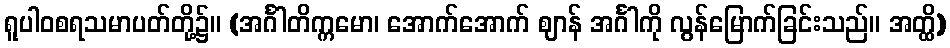
ရူပါဝစရသမာပတ်တို့၌။ (အင်္ဂါတိက္ကမော၊ အောက်အောက် ဈာန် အင်္ဂါကို လွန်မြောက်ခြင်းသည်။ အတ္ထိ)